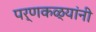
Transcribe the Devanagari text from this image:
पर्णकळ्यांनी